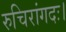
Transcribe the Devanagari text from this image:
रुचिरांगदः।